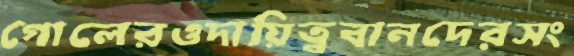
গোলেরওদায়িত্ববানদেরসং